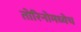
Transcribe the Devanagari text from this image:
तोरिनोमध्येच